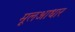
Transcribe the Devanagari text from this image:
मूलआधार